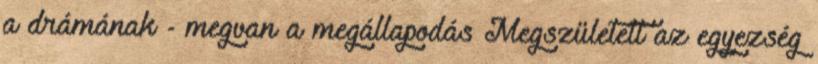
a drámának - megvan a megállapodás Megszületett az egyezség